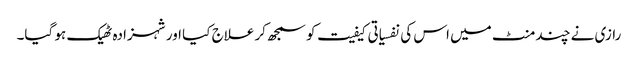
رازی نے چند منٹ میں اس کی نفسیاتی کیفیت کو سمجھ کر علاج کیا اور شہزادہ ٹھیک ہو گیا۔